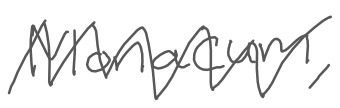
Text: Monacum,
Cross-out: zig-zag
Writing tool: digital_gray